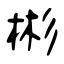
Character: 彬